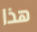
هذا